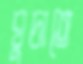
ঘুচাতে